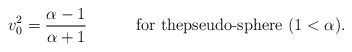
\begin{align*}v_{0}^{2} ={\alpha-1 \over \alpha+1} \qquad \quad \mbox{for thepseudo-sphere } (1<\alpha). \end{align*}